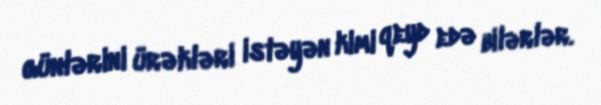
günlərini ürəkləri istəyən kimi qeyd edə bilərlər.